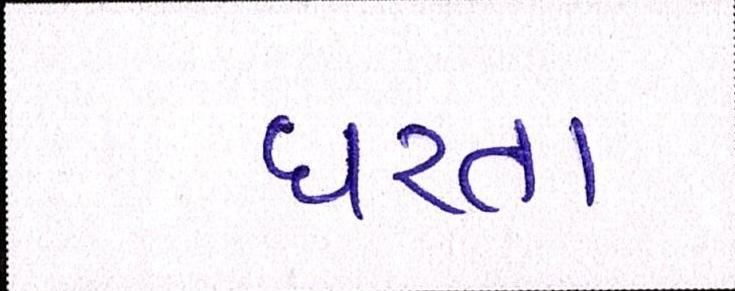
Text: ધરતા